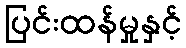
ပြင်းထန်မှုနှင့်